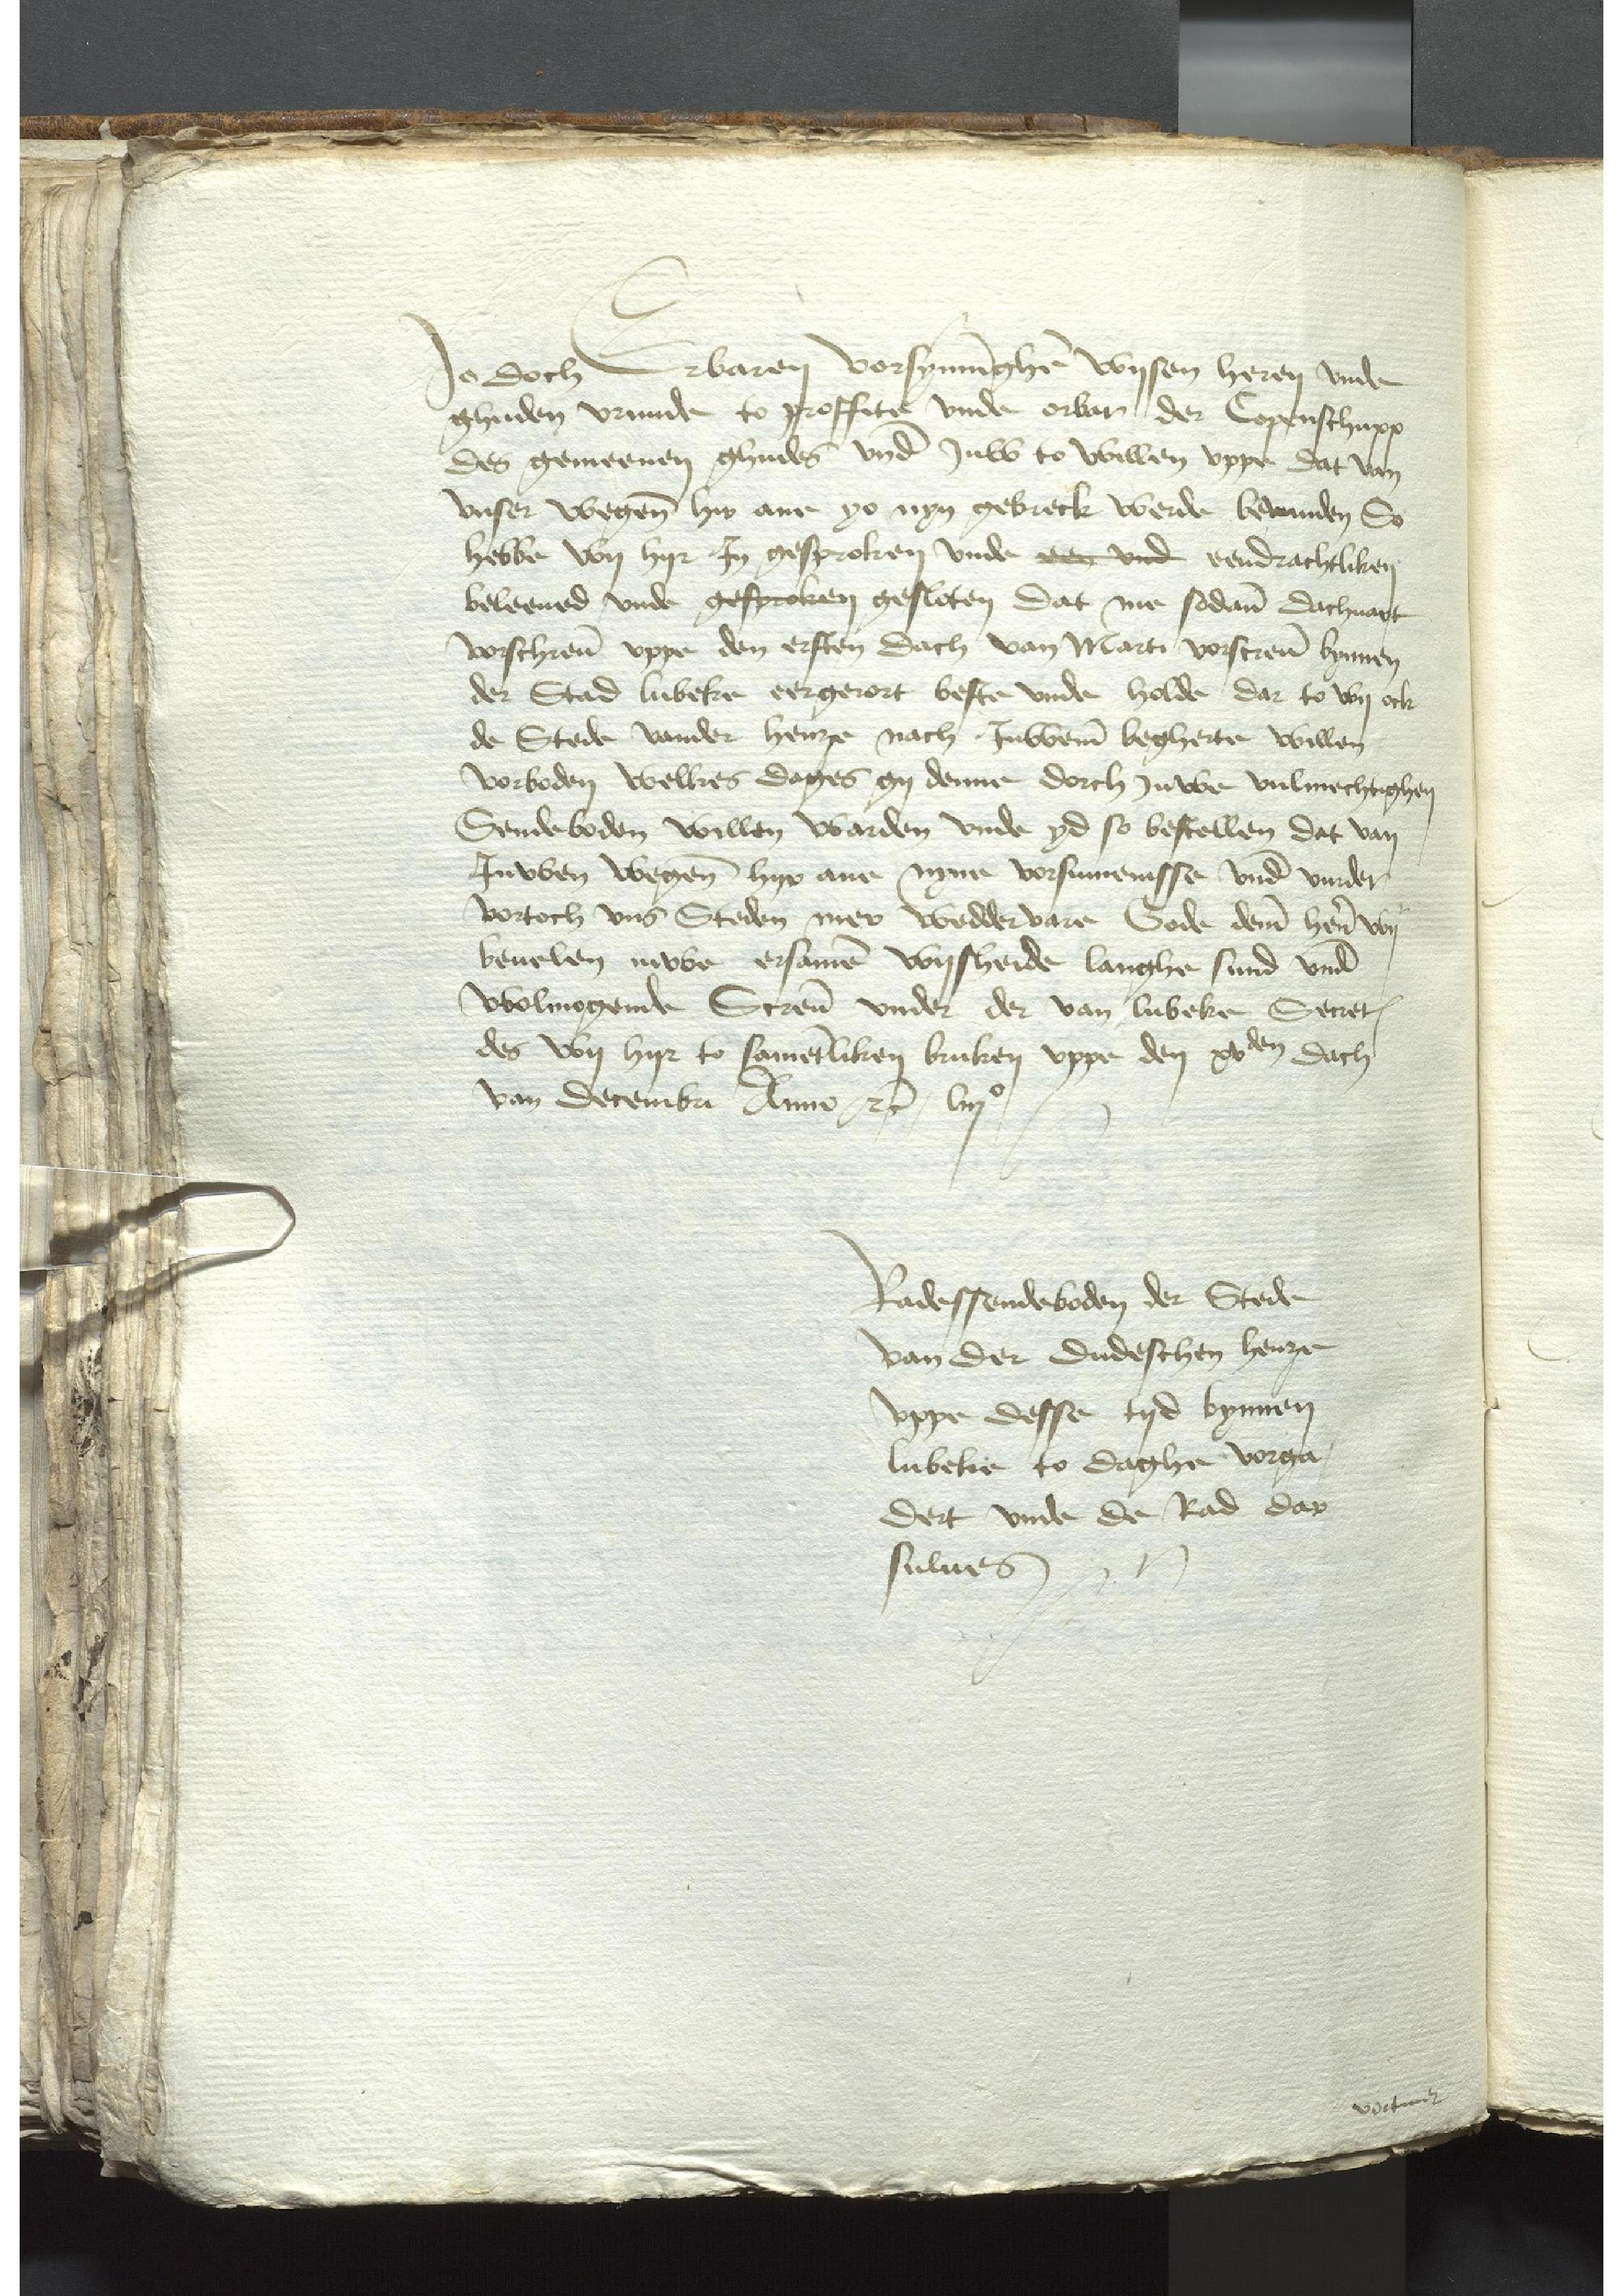
Je Doch Erbaren vorsyningher Wysen heren vnde
ghuden vrunde to proffite vnde orbar der Copenschup
des gemeenen ghudes vnde Juw to willen vppe dat van
vnser wegene hir ane yo nyn gebreck werde bevinden So
hebbe wy hyr Jn gesproken vnde ee vnd eendrachtliken
beleeued vnde gespraken gesloten Dat me sodane dachuart
vorschreuen vppe den ersten dach van Marti vorscreuen bynnen
der Stad Lubeke eergerort beste vnde holde dar to wy ock
de Stede vander henze nach Juweme begherte willen
vorboden welkes dages gy denne dorch Juwe vulmechtighen
Sendeboden willen warden vnde yd so bestellen dat van
Juwen wegene hyr ane nyne vorsumenisse vnde vurder
vortoch vns Steden mer weddervare Gode deme hern wy
beuelen iuwe ersamen wysheide langhe sund vnde
wolmogende Screuen vnder der van Lubeke Secretum
des wy hyr to samentliken bruken vppe den xvden dach
van Decembri Anno etcetera liijo

Radessendeboden der Stede
van der dudeschen henze
vppe desse tyd bynnen
Lubeke to daghe vorga¬
dert vnde de Rad dar
sulues